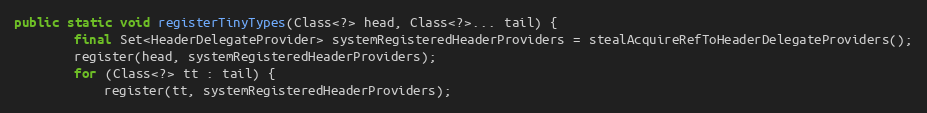
Language: Java
public static void registerTinyTypes(Class<?> head, Class<?>... tail) {
        final Set<HeaderDelegateProvider> systemRegisteredHeaderProviders = stealAcquireRefToHeaderDelegateProviders();
        register(head, systemRegisteredHeaderProviders);
        for (Class<?> tt : tail) {
            register(tt, systemRegisteredHeaderProviders);